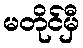
မတိုင်မှီ